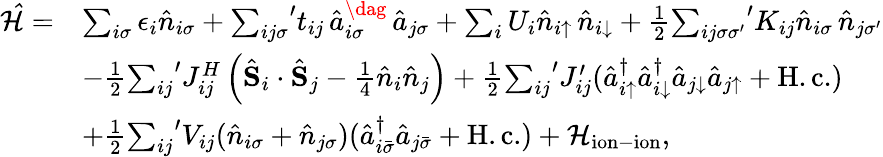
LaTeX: \begin{array}{rl}{\mathcal{\hat{H}}=}&{\sum_{i\sigma}\epsilon_{i}\hat{n}_{i\sigma}+{\sum_{ij\sigma}}^{\prime}t_{ij}\, \hat{a}_{i\sigma}^{\dag}\, \hat{a}_{j\sigma}+\sum_{i}U_{i}\hat{n}_{i\uparrow}\, \hat{n}_{i\downarrow}+\frac{1}{2}{\sum_{ij\sigma{\sigma}^{\prime}}}^{\prime}K_{ij}\hat{n}_{i\sigma}\, \hat{n}_{j{\sigma}^{\prime}}}\\ &{-\frac{1}{2}{\sum_{ij}}^{\prime}J_{ij}^{H}\left(\hat{\textbf{S}}_{i}\cdot\hat{\textbf{S}}_{j}-\frac{1}{4}\hat{n}_{i}\hat{n}_{j}\right)+\frac{1}{2}{\sum_{ij}}^{\prime}{J}_{ij}^{\prime}(\hat{a}_{i\uparrow}^{\dagger}\hat{a}_{i\downarrow}^{\dagger}\hat{a}_{j\downarrow}\hat{a}_{j\uparrow}+\mathrm{H.c.})}\\ &{+\frac{1}{2}{\sum_{ij}}^{\prime}V_{ij}(\hat{n}_{i\sigma}+\hat{n}_{j\sigma})(\hat{a}_{i\bar{\sigma}}^{\dagger}\hat{a}_{j\bar{\sigma}}+\mathrm{H.c.})+\mathcal{H}_{\mathrm{ion-ion}},}\end{array}